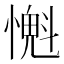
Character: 𢡨